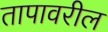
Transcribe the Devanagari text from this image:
तापावरील